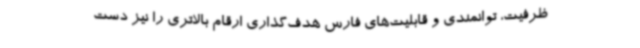
ظرفیت، توانمندی و قابلیت‌های فارس هدف‌گذاری ارقام بالاتری را نیز دست